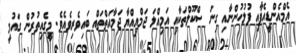
އެމްއެންޑީއެފާއި ފުލުހުންނާއި ގިނަ ސްކޫލްތަކާއި އަމިއްލަ ޖަމްއިއްޔާ ޖަމާއަތްތައް ބައިވެރިވެއެވެ. މީގެއިތުރުން ގައުމީ